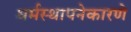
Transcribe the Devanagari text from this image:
धर्मस्थापनेकारणे